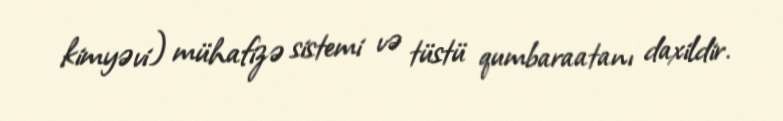
kimyəvi) mühafizə sistemi və tüstü qumbaraatanı daxildir.